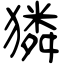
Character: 獜